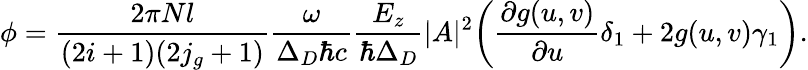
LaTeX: \phi=\frac{2\pi Nl}{(2i+1)(2j_{g}+1)}\frac{\omega}{\Delta_{D}\hbar c}\frac{E_{z}}{\hbar\Delta_{D}}|A|^{2}\biggl(\frac{\partial g(u,v)}{\partial u}\delta_{1}+2g(u,v)\gamma_{1}\biggr).